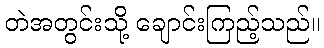
တဲအတွင်းသို့ ချောင်းကြည့်သည်။